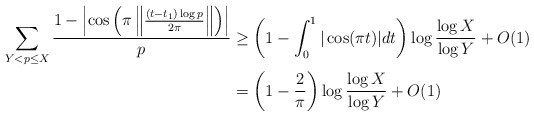
\begin{align*}\sum_{Y < p \leq X} \frac{1-\left|\cos\left(\pi \left\Vert \frac{(t-t_1) \log p}{2\pi}\right\Vert\right)\right|}{p} &\geq \left(1- \int_0^{1} |\cos (\pi t)| dt \right) \log \frac{\log X}{\log Y} + O(1) \\&= \left(1-\frac{2}{\pi}\right) \log \frac{\log X}{\log Y} + O(1)\end{align*}